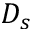
D _ { s }